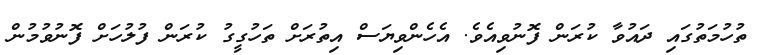
ތުހުމަތުގައި ދައުވާ ކުރަން ފޮނުވިއެވެ. އެހެންވިޔަސް އިތުރަށް ތަހުގީގު ކުރަން ފުލުހަށް ފޮނުވުމުން